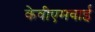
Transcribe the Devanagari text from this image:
केवीएमवाई